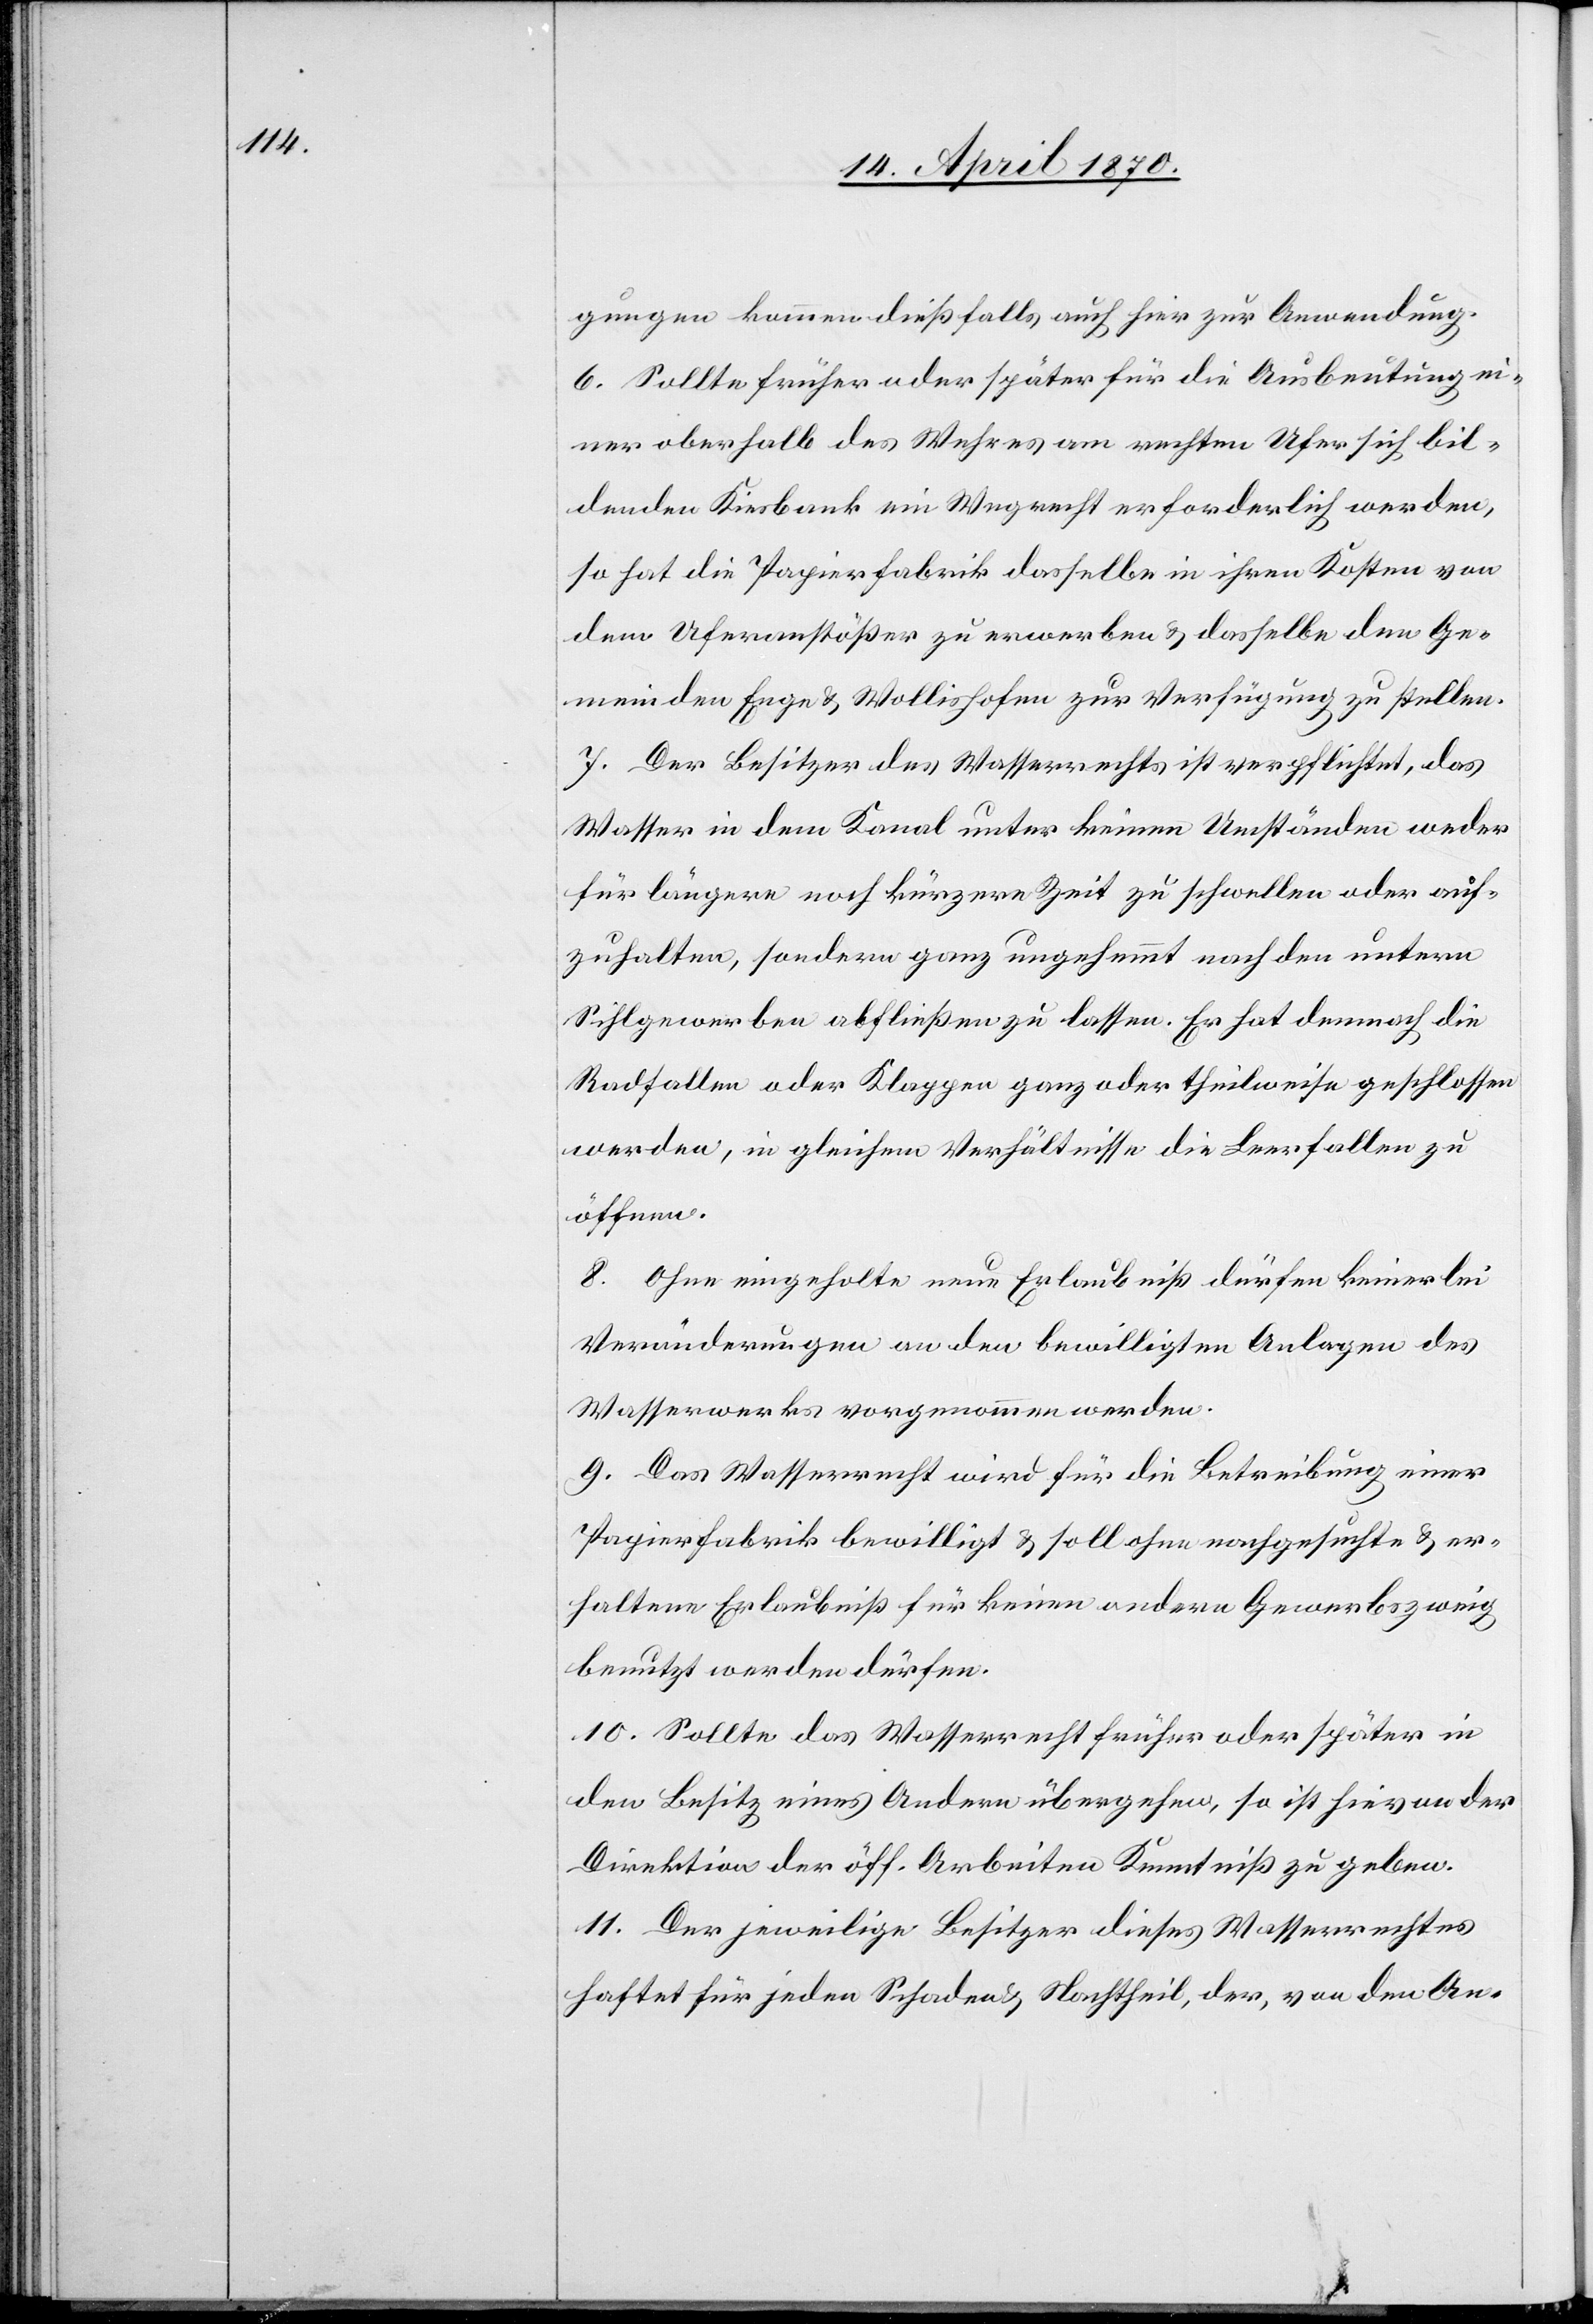
gungen kommen dießfalls, auch hier zur Anwendung.
6. Sollte früher oder später für die Ausbeutung ei¬
ner oberhalb des Wehres am rechten Ufer sich bil¬
denden Kiesbank ein Wegrecht erforderlich werden,
so hat die Papierfabrik dasselbe in ihren Kosten von
dem Uferanstößer zu erwerben & dasselbe den Ge¬
meinden Enge & Wollishofen zur Verfügung zu stellen.
7. Der Besitzer des Wasserrechts ist verpflichtet, das
Wasser in dem Kanal unter keinen Umständen weder
für längere noch für kürzere Zeit zu schwellen oder auf¬
zuhalten, sondern ganz ungehemmt nach den untern
Sihlgewerben abfließen zu lassen. Er hat demnach die
Radfallen oder Klappen ganz oder theilweise geschlossen
werden [sic!], in gleichem Verhältnisse die Leerfallen zu
öffnen.
8. Ohne eingeholte neue Erlaubniß dürfen keinerlei
Veränderungen an den bewilligten Anlagen des
Wasserwerks vorgenommen werden.
9. Das Wasserrecht wird für die Betreibung einer
Papierfabrik bewilligt & soll ohne nachgesuchte & er¬
haltene Erlaubniß für keinen andern Gewerbszweig
benutzt werden dürfen.
10. Sollte das Wasserrecht früher oder später in
den Besitz eines Andern übergehen, so ist hievon der
Direktion der öff. Arbeiten Kenntniß zu geben.
11. Der jeweilige Besitzer dieses Wasserrechtes
haftet für jeden Schaden & Nachtheil, der, von den An-